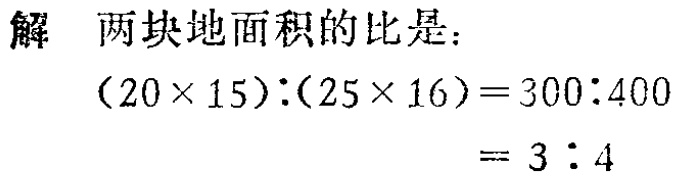
解 两块地面积的比是：

\((20\times 15):(25\times 16)=300:400\)

\(= 3:4\)